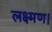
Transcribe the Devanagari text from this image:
लक्ष्मण।